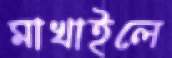
মাখাইলে